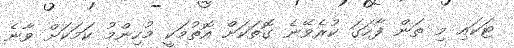
ޓަކައި މި ތަން ފާހަގަ ކުރެވޭނެ ގޮތަކަށް އޮތުމަކީ މުހިންމު ކަމަކަށް ވާނެ